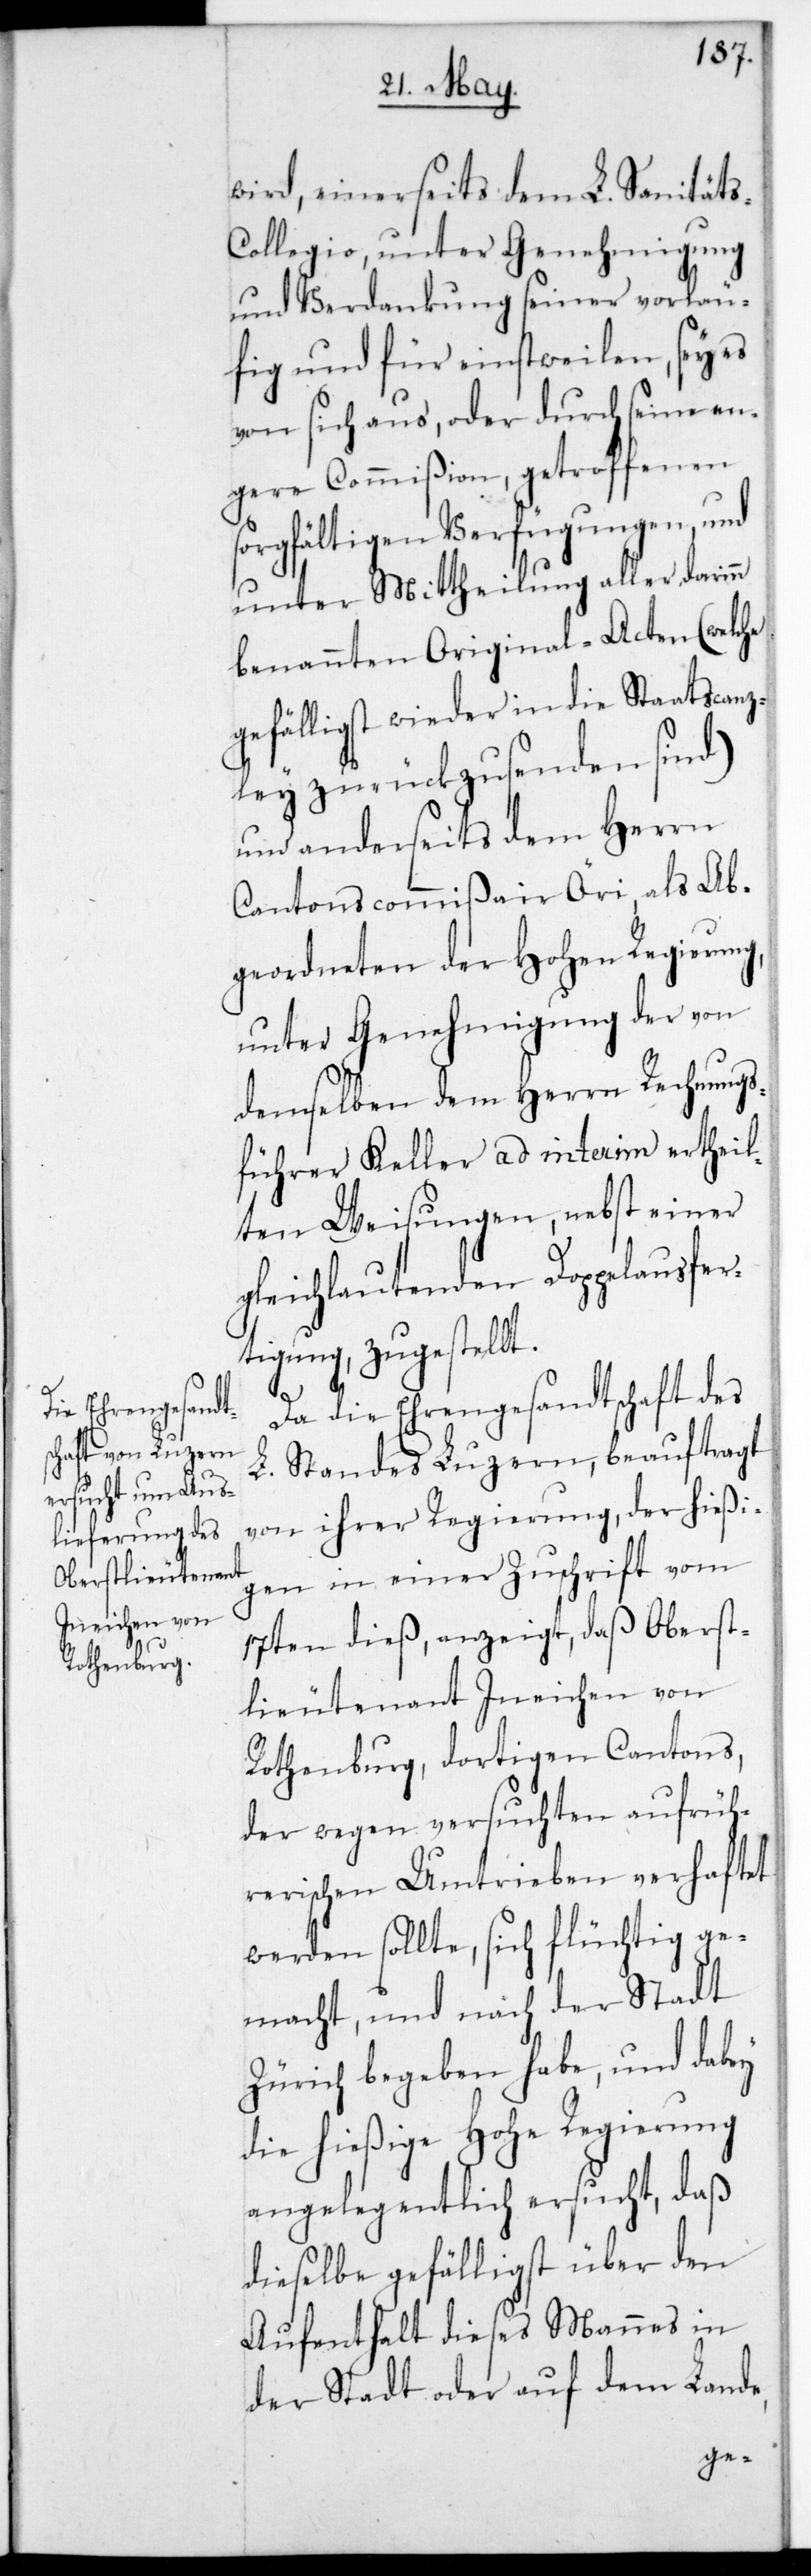
wird einerseits dem L. Sanität¬
ollegio, unter Genehmigung
und Verdankung seiner vorläu¬
fig und für einstweilen, sey es
von sich aus oder durch seine en¬
gere Commißion getroffenen
sorgfältigen Verfügungen, und
unter Mittheilung aller darinn
benannten Original-Acten (welche
gefälligst wieder in die Staatscanz¬
ley zurückzusenden sind)
und anderseits dem Herrn
Cantonscommißair Öri, als Ab¬
geordneten der Hohen Regierung
unter Genehmigung der von
demselben dem Herrn Rechnungs¬
führer Keller ad interim ertheil¬
ten Weisungen, nebst einer
gleichlautenden Doppelausfer¬
tigung, zugestellt.
Da die Ehrengesandtschaft des
L. Standes Luzern, beauftragt
von ihrer Regierung, der hießi¬
gen in einer Zuschrift vom
17ten dieß, anzeigt, daß Oberst¬
lieutenant Ineichen von
Rothenburg, dortigen Cantons,
der wegen versuchten aufrüh¬
rerischen Umtrieben verhaftet
werden sollte, sich flüchtig ge¬
macht, und nach der Stadt
Zürich begeben habe, und dabey
die hießige Hohe Regierung
angelegentlich ersucht, daß
dieselbe gefälligst über den
Aufenthalt dieses Mannes in
der Stadt oder auf dem Lande,
s-C¬